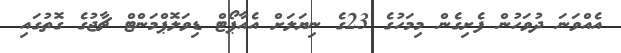
އެއްވަނަ ދުވަހުން ފެށިގެން މިމަހުގެ 23ގެ ނިޔަލަށް އެއާޕޯޓް ޑިވަލޮޕްމަންޓް ޗާޖުގެ ގޮތުގައި